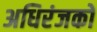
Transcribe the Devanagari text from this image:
अधिरंजकों